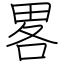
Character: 畧